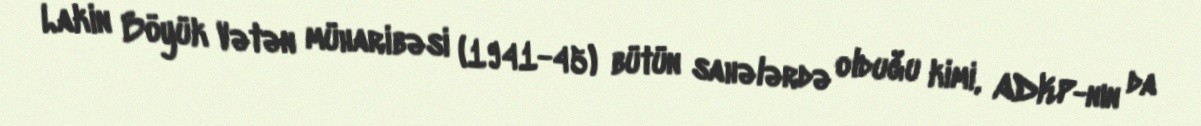
Lakin Böyük Vətən müharibəsi (1941-45) bütün sahələrdə olduğu kimi, ADKP-nın da